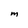
Character: M